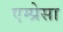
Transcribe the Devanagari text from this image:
एम्प्रेसा